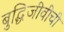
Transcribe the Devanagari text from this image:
बुद्धिजीवींची